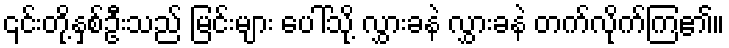
၎င်းတို့နှစ်ဦးသည် မြင်းများ ပေါ်သို့ လွှားခနဲ လွှားခနဲ တက်လိုက်ကြ၏။